Problem: 9 × 4 = ?
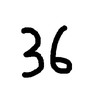
Handwritten answer: 36